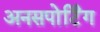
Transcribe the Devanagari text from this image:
अनसपोर्टिंग